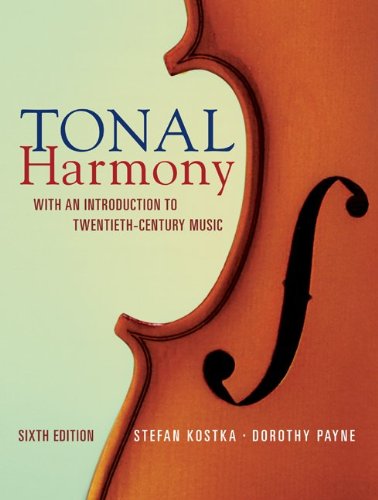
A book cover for Tonal Harmony: With an Introduction to Twentieth Century Music; Stefan Kostka; Christian Books & Bibles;